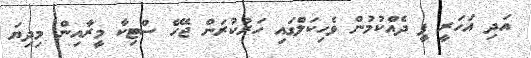
އަދި އަހަރީ ފީ ދެއްކުމުން ވެހިކަލްގައި ހަރުކުރަން ޖެހޭ ސްޓިކާ މީރާއިން މިދިޔަ